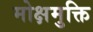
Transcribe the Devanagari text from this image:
मोक्षमुक्ति